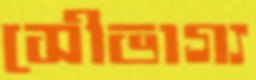
সৌভাগ্য